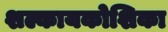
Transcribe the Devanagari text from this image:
शल्कायकोशिका